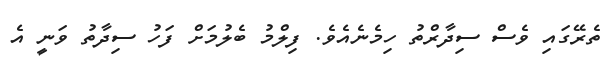
ތެރޭގައި ވެސް ސިދާރްތު ހިމެނެއެވެ. ފިލްމު ބެލުމަށް ފަހު ސިދާތު ވަނީ އެ